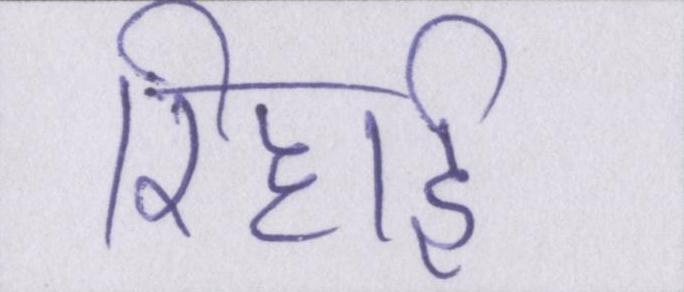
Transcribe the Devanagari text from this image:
रिहाई